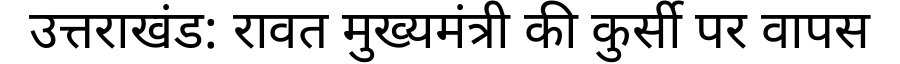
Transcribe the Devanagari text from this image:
उत्तराखंड: रावत मुख्यमंत्री की कुर्सी पर वापस